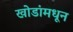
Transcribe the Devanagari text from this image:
खोडांमधून